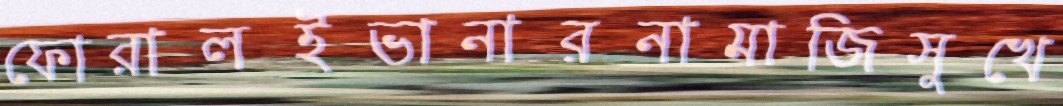
ফোরালইভানারনামাজিসুখে